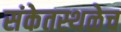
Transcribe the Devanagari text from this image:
संकेतस्थळेच